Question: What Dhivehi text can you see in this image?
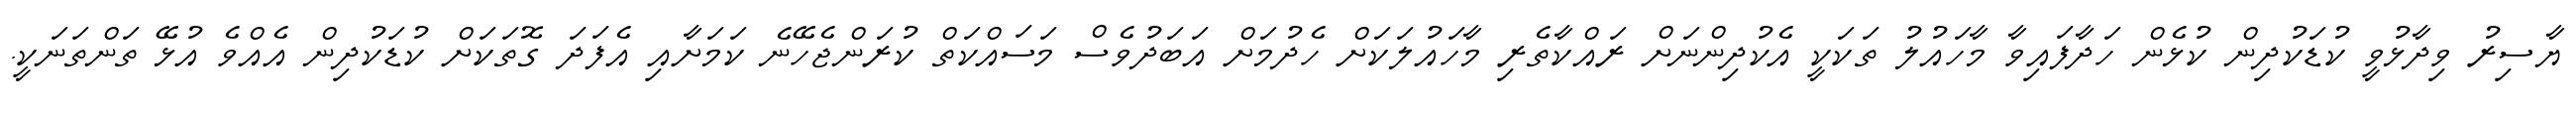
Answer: ޔާސިރު ވިދާޅުވީ ކުޑަކުދިން ކުޅެން ހަދާފައިވާ މާހައުލު ތަކަކީ އެކުދިންނަށް ރައްކާތެރި މާހައުލަކަށް ހެދުމަށް އަބަދުވެސް މަސައްކަތް ކުރަންޖެހޭނެ ކަމަށާއި އެފަދަ ގޮތަކަށް ކުޑަކުދިން އެއްވެ އުޅޭ ތަންތަނަކީ.